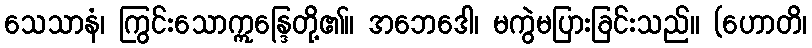
သေသာနံ၊ ကြွင်းသောဣန္ဒြေတို့၏။ အဘေဒေါ၊ မကွဲမပြားခြင်းသည်။ (ဟောတိ၊